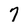
Character: 7